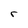
Character: r